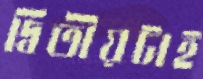
দ্বিতীয়টাই